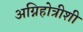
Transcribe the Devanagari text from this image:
अग्निहोत्रीशी